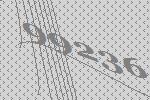
99236